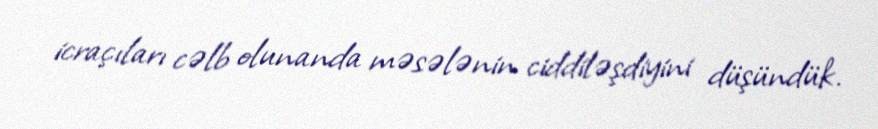
icraçıları cəlb olunanda məsələnin ciddiləşdiyini düşündük.